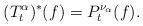
LaTeX: \begin{align*}(T_t^\alpha)^*(f) = P^{\nu_\alpha}_t(f). \end{align*}